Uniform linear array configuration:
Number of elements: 4
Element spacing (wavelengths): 1
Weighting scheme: exponential
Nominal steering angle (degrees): -45
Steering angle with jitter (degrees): -44.088
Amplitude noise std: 0.05
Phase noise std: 0.05

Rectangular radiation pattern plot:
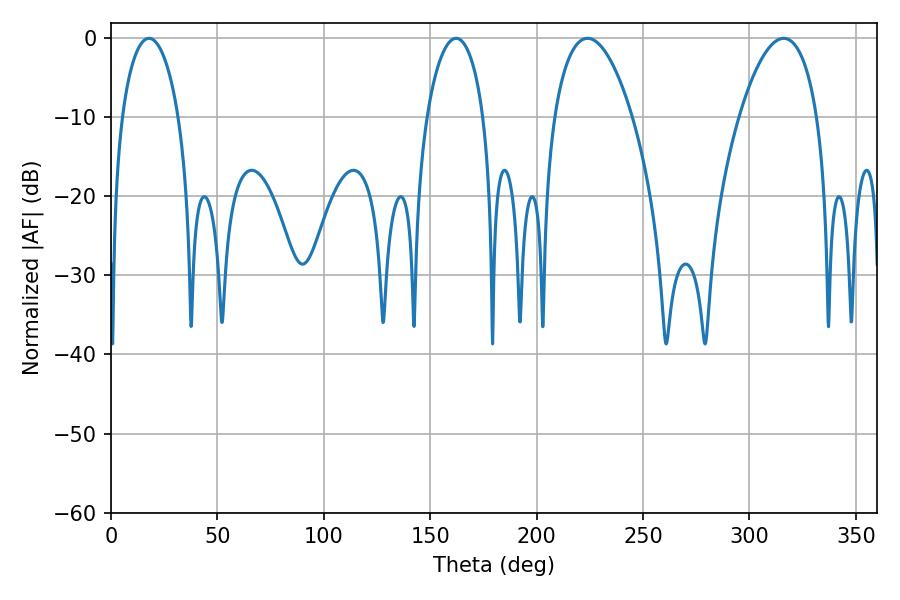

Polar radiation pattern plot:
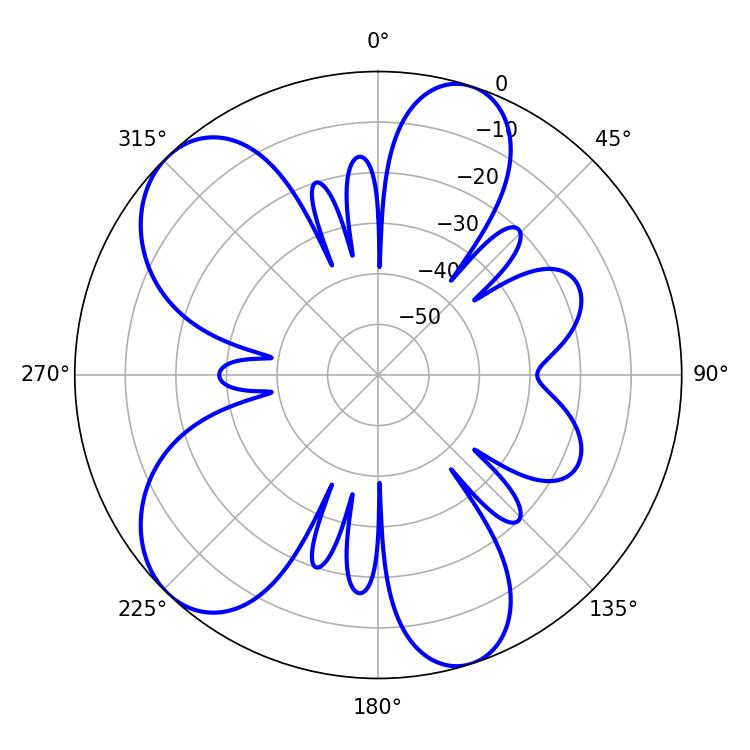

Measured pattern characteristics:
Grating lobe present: TRUE
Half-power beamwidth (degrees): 20.52
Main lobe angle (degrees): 223.92